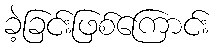
ခဲ့ခြင်းဖြစ်ကြောင်း